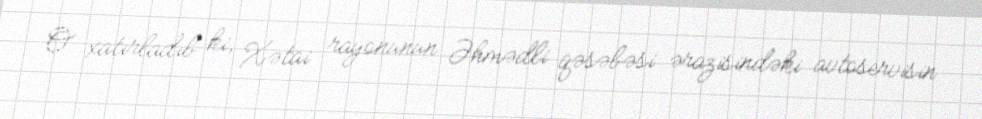
O xatırladıb ki, Xətai rayonunun Əhmədli qəsəbəsi ərazisindəki avtoservisin